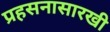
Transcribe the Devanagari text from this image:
प्रहसनासारखी